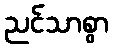
ညင်သာစွာ